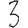
Digit: 3